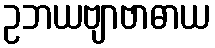
ဥဘယဗျာဗာဓာယ